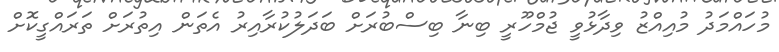
މުހައްމަދު މުއިއްޒު ވިދާޅުވީ ޖުމްހޫރީ ބިނާ ބިސްބުރަށް ބަދަލުކުރާއިރު އެތަން އިތުރަށް ތަރައްގީކޮށް